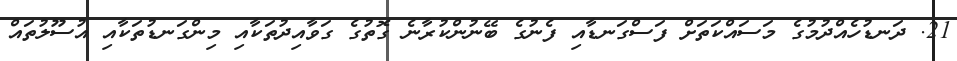
21. ދަނޑުހެއްދުމުގެ މަސައްކަތަށް ފަސްގަނޑާއި ފެނުގެ ބޭނުންކުރާނެ ގޮތުގެ ގަވާއިދުތަކާއި މިންގަނޑުތަކާއި އުސޫލުތައް